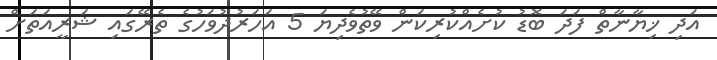
އަދި ޚިޔާނާތް ފަދަ ބޮޑު ކުށެއްކުރިކަން ވޭތުވެދިޔަ 5 އަހަރުދުވަހުގެ ތެރޭގައި ޝަރީއަތަށް